Lunatic asylums Central Provinces reports 1874-1885 - 1874-1885
Year: 1874
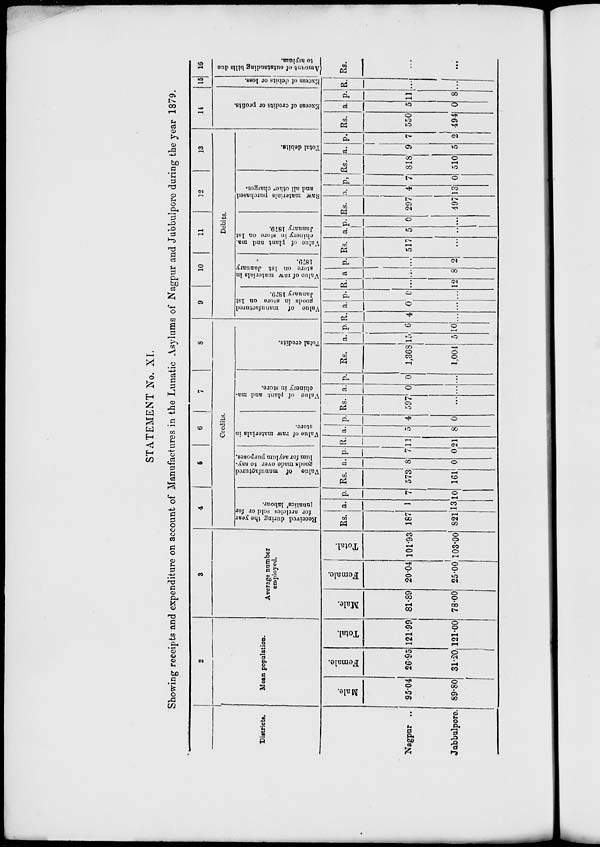
STATEMENT No. XI.
Showing receipts and expenditure on account of Manufactures in the Lunatic Asylums of Nagpur and Jubbulpore during the year 1879.
1
Districts.
Nagpnr ..
Jubbulpore.
2
Mean population.
Male.
95.04
89.80
Female.
26.95
31.20
Total.
121.99
121.00
3
Average number
employed.
Male.
81.89
78.00
Female.
20.04
25.00
Total.
101.93
103.00
4
5
6
7
8
Credits.
Received during the year
for articles sold or for
lunatics' labour.
Rs.
187
821
a.
1
13
p.
7
10
Value of manufactured
goods made over to asy-
lum for asylum purposes.
Rs.
573
161
a.
8
0
p.
7
0
Value of raw materials in
store.
R.
11
21
a.
5
8
p.
4
0
Value of plant and ma-
chinery in store.
Rs.
597
...
a.
0
...
p.
0
...
Total credits.
Rs.
1,368
1,004
a.
15
5
p.
6
10
9
10
11
12
13
Debits.
Value of manufactured
goods in store on 1st
January 1879.
R.
4
...
a.
0
...
p.
0
...
Value
of raw materials in
store on 1st January
1879.
R.
...
12
a
...
8
p.
...
2
Value of plant and ma-
chinery in store on 1st
January 1879.
Rs.
517
...
a.
5
...
p.
0
...
Raw materials purchased
and all other charges.
Rs.
297
497
a.
4
13
p.
7
0
Total debits.
Rs.
818
510
a.
9
5
p.
7
2
14
Excess of credits or profits.
Rs.
550
494
a.
5
0
p.
11
8
15
Excess of debits or loss.
R.
...
...
16
Amount of outstanding bills due
to asylum.
Rs.
...
...